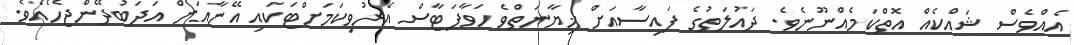
އެއްވެސް ޝައްކެއް އޮތްކަމެއްނޫނެވެ. ދައުލަތުގެ ފައިސާއަށް ޚިޔާނަތްވެ ހަވާފަޓާސް އެރުވިކަމަށްޓަކައި އޭނާއަށް އަދަބުދޭންޖެހެއެވެ.